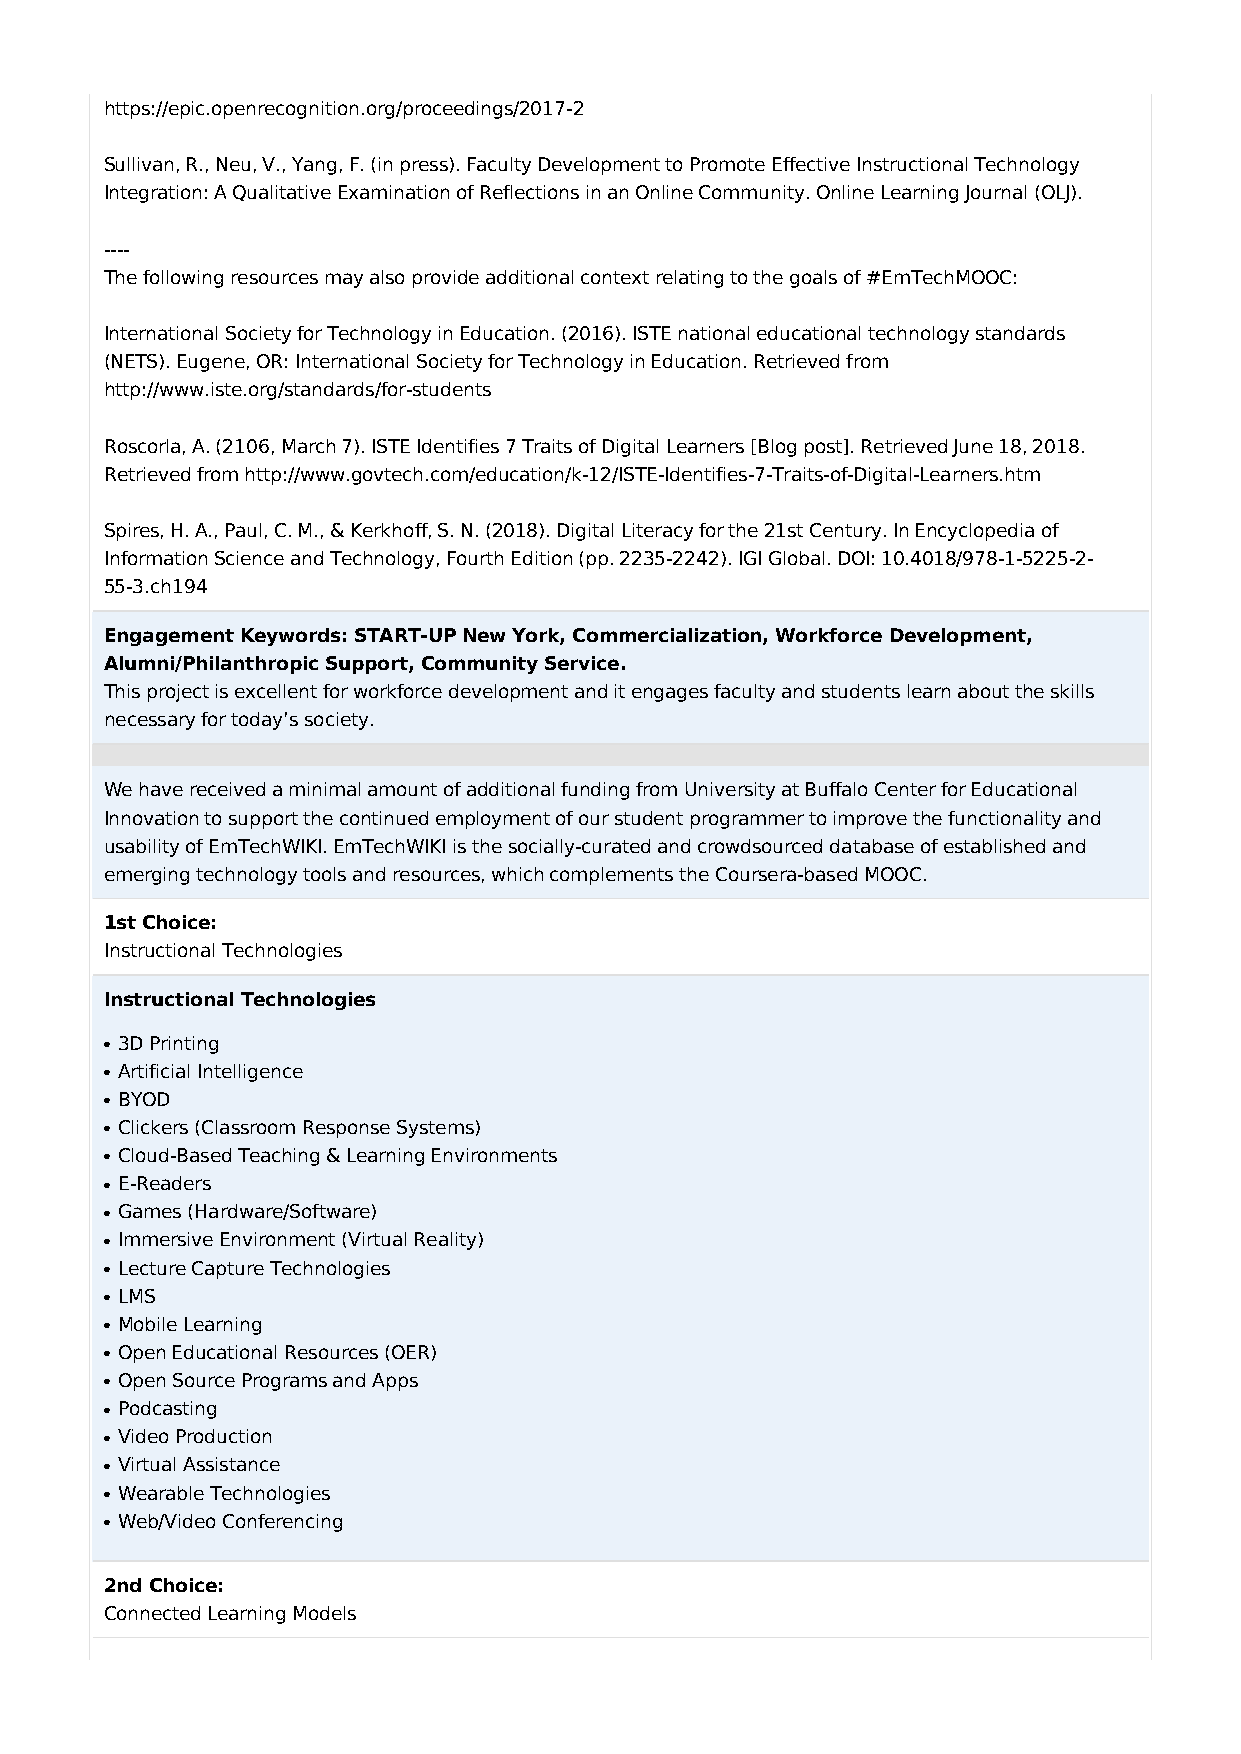
https://epic.openrecognition.org/proceedings/2017-2
 Sullivan, R., Neu, V., Yang, F. (in press). Faculty Development to Promote Effective Instructional Technology
 Integration: A Qualitative Examination of Reflections in an Online Community. Online Learning Journal (OLJ).
 ----
 The following resources may also provide additional context relating to the goals of #EmTechMOOC:
 International Society for Technology in Education. (2016). ISTE national educational technology standards
 (NETS). Eugene, OR: International Society for Technology in Education. Retrieved from
 http://www.iste.org/standards/for-students
 Roscorla, A. (2106, March 7). ISTE Identifies 7 Traits of Digital Learners [Blog post]. Retrieved June 18, 2018.
 Retrieved from http://www.govtech.com/education/k-12/ISTE-Identifies-7-Traits-of-Digital-Learners.htm
 Spires, H. A., Paul, C. M., & Kerkhoff, S. N. (2018). Digital Literacy for the 21st Century. In Encyclopedia of
 Information Science and Technology, Fourth Edition (pp. 2235-2242). IGI Global. DOI: 10.4018/978-1-5225-2-
 55-3.ch194
 Engagement Keywords: START-UP New York, Commercialization, Workforce Development,
 Alumni/Philanthropic Support, Community Service.
 This project is excellent for workforce development and it engages faculty and students learn about the skills
 necessary for today’s society.
 We have received a minimal amount of additional funding from University at Buffalo Center for Educational
 Innovation to support the continued employment of our student programmer to improve the functionality and
 usability of EmTechWIKI. EmTechWIKI is the socially-curated and crowdsourced database of established and
 emerging technology tools and resources, which complements the Coursera-based MOOC.
 1st Choice:
 Instructional Technologies
 Instructional Technologies
 l 3D Printing
 l Artificial Intelligence
 l BYOD
 l Clickers (Classroom Response Systems)
 l Cloud-Based Teaching & Learning Environments
 l E-Readers
 l Games (Hardware/Software)
 l Immersive Environment (Virtual Reality)
 l Lecture Capture Technologies
 l LMS
 l Mobile Learning
 l Open Educational Resources (OER)
 l Open Source Programs and Apps
 l Podcasting
 l Video Production
 l Virtual Assistance
 l Wearable Technologies
 l Web/Video Conferencing
 2nd Choice:
 Connected Learning Models